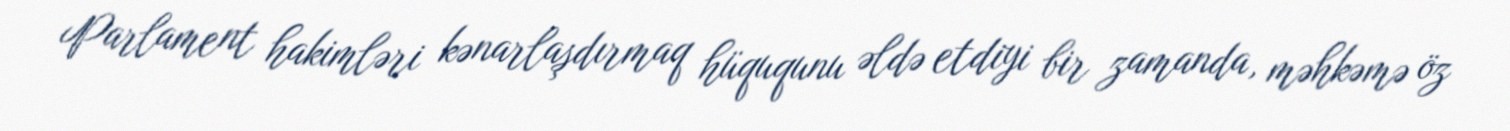
Parlament hakimləri kənarlaşdırmaq hüququnu əldə etdiyi bir zamanda, məhkəmə öz